Document type: Community of property
Year: 1312
Scribe: Pere Amorós
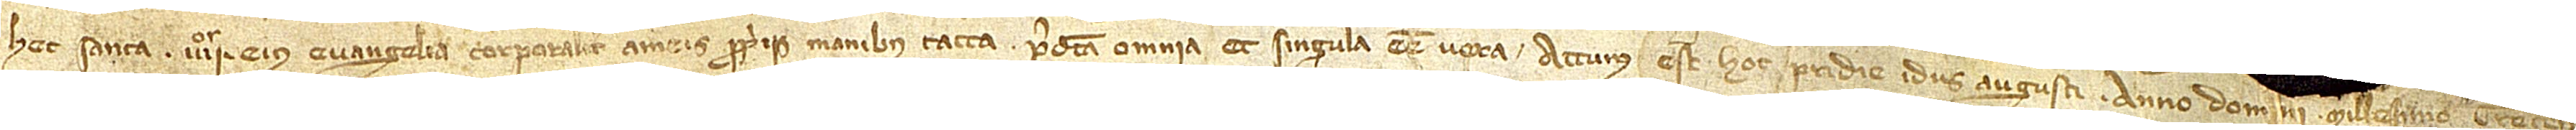
hec sancta IIIIor eius  Evangelia corporaliter a meis proprii manibus tacta predicta omnia et singula esse vera. Actum est hoc pridie idus augusti, anno Domini millesimo trecen-